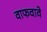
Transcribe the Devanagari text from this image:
वाफवावे